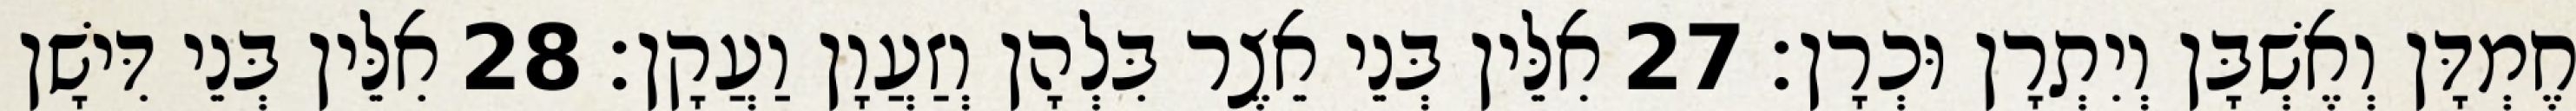
חֶמְדָּן וְאֶשְׁבָּן וְיִתְרָן וּכְרָן׃ 27 אִלֵּין בְּנֵי אֵצֶר בִּלְהָן וְזַעֲוָן וַעֲקָן׃ 28 אִלֵּין בְּנֵי דִּישָׁן